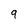
Character: 9